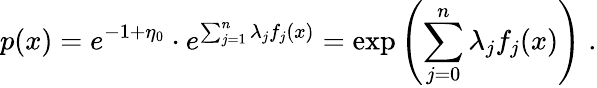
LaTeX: p(x)=e^{-1+\eta_{0}}\cdot e^{\sum_{j=1}^{n}\lambda_{j}f_{j}(x)}=\exp\left(\sum_{j=0}^{n}\lambda_{j}f_{j}(x)\right)\; .